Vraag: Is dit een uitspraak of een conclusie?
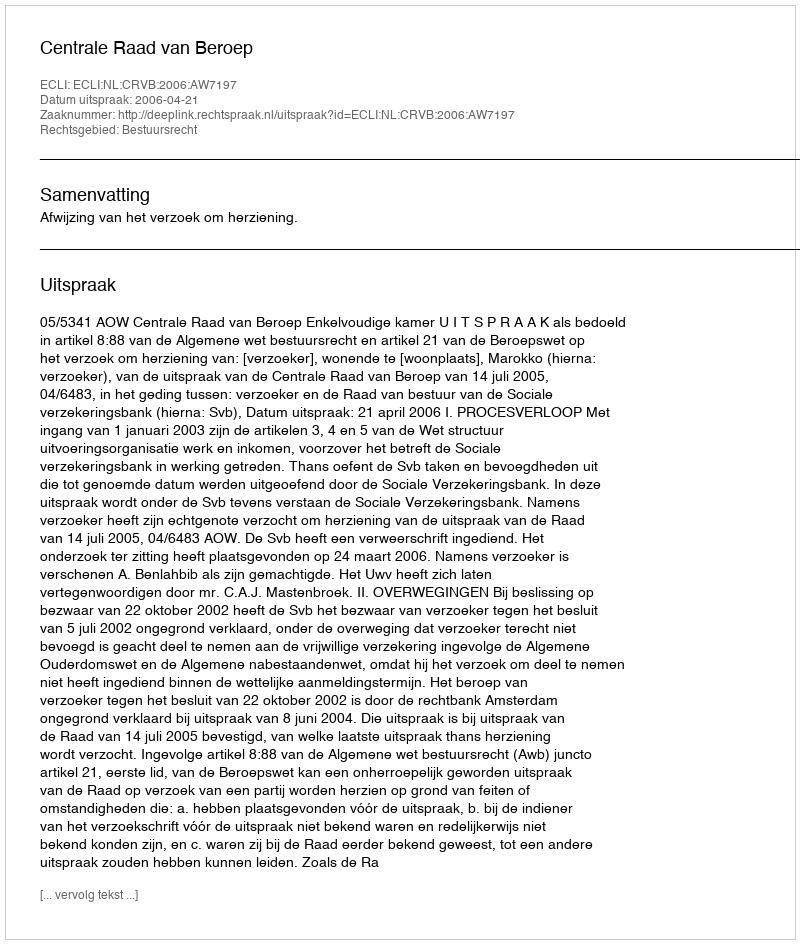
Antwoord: Uitspraak